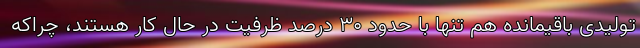
تولیدی باقیمانده هم تنها با حدود ۳۰ درصد ظرفیت در حال کار هستند، چراکه